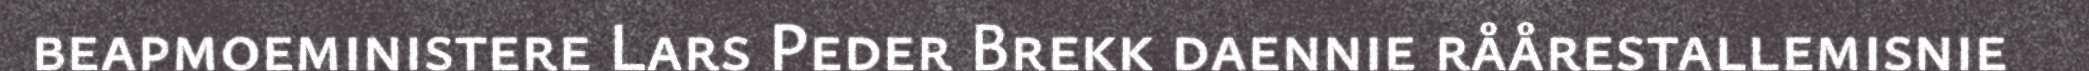
beapmoeministere Lars Peder Brekk daennie råårestallemisnie